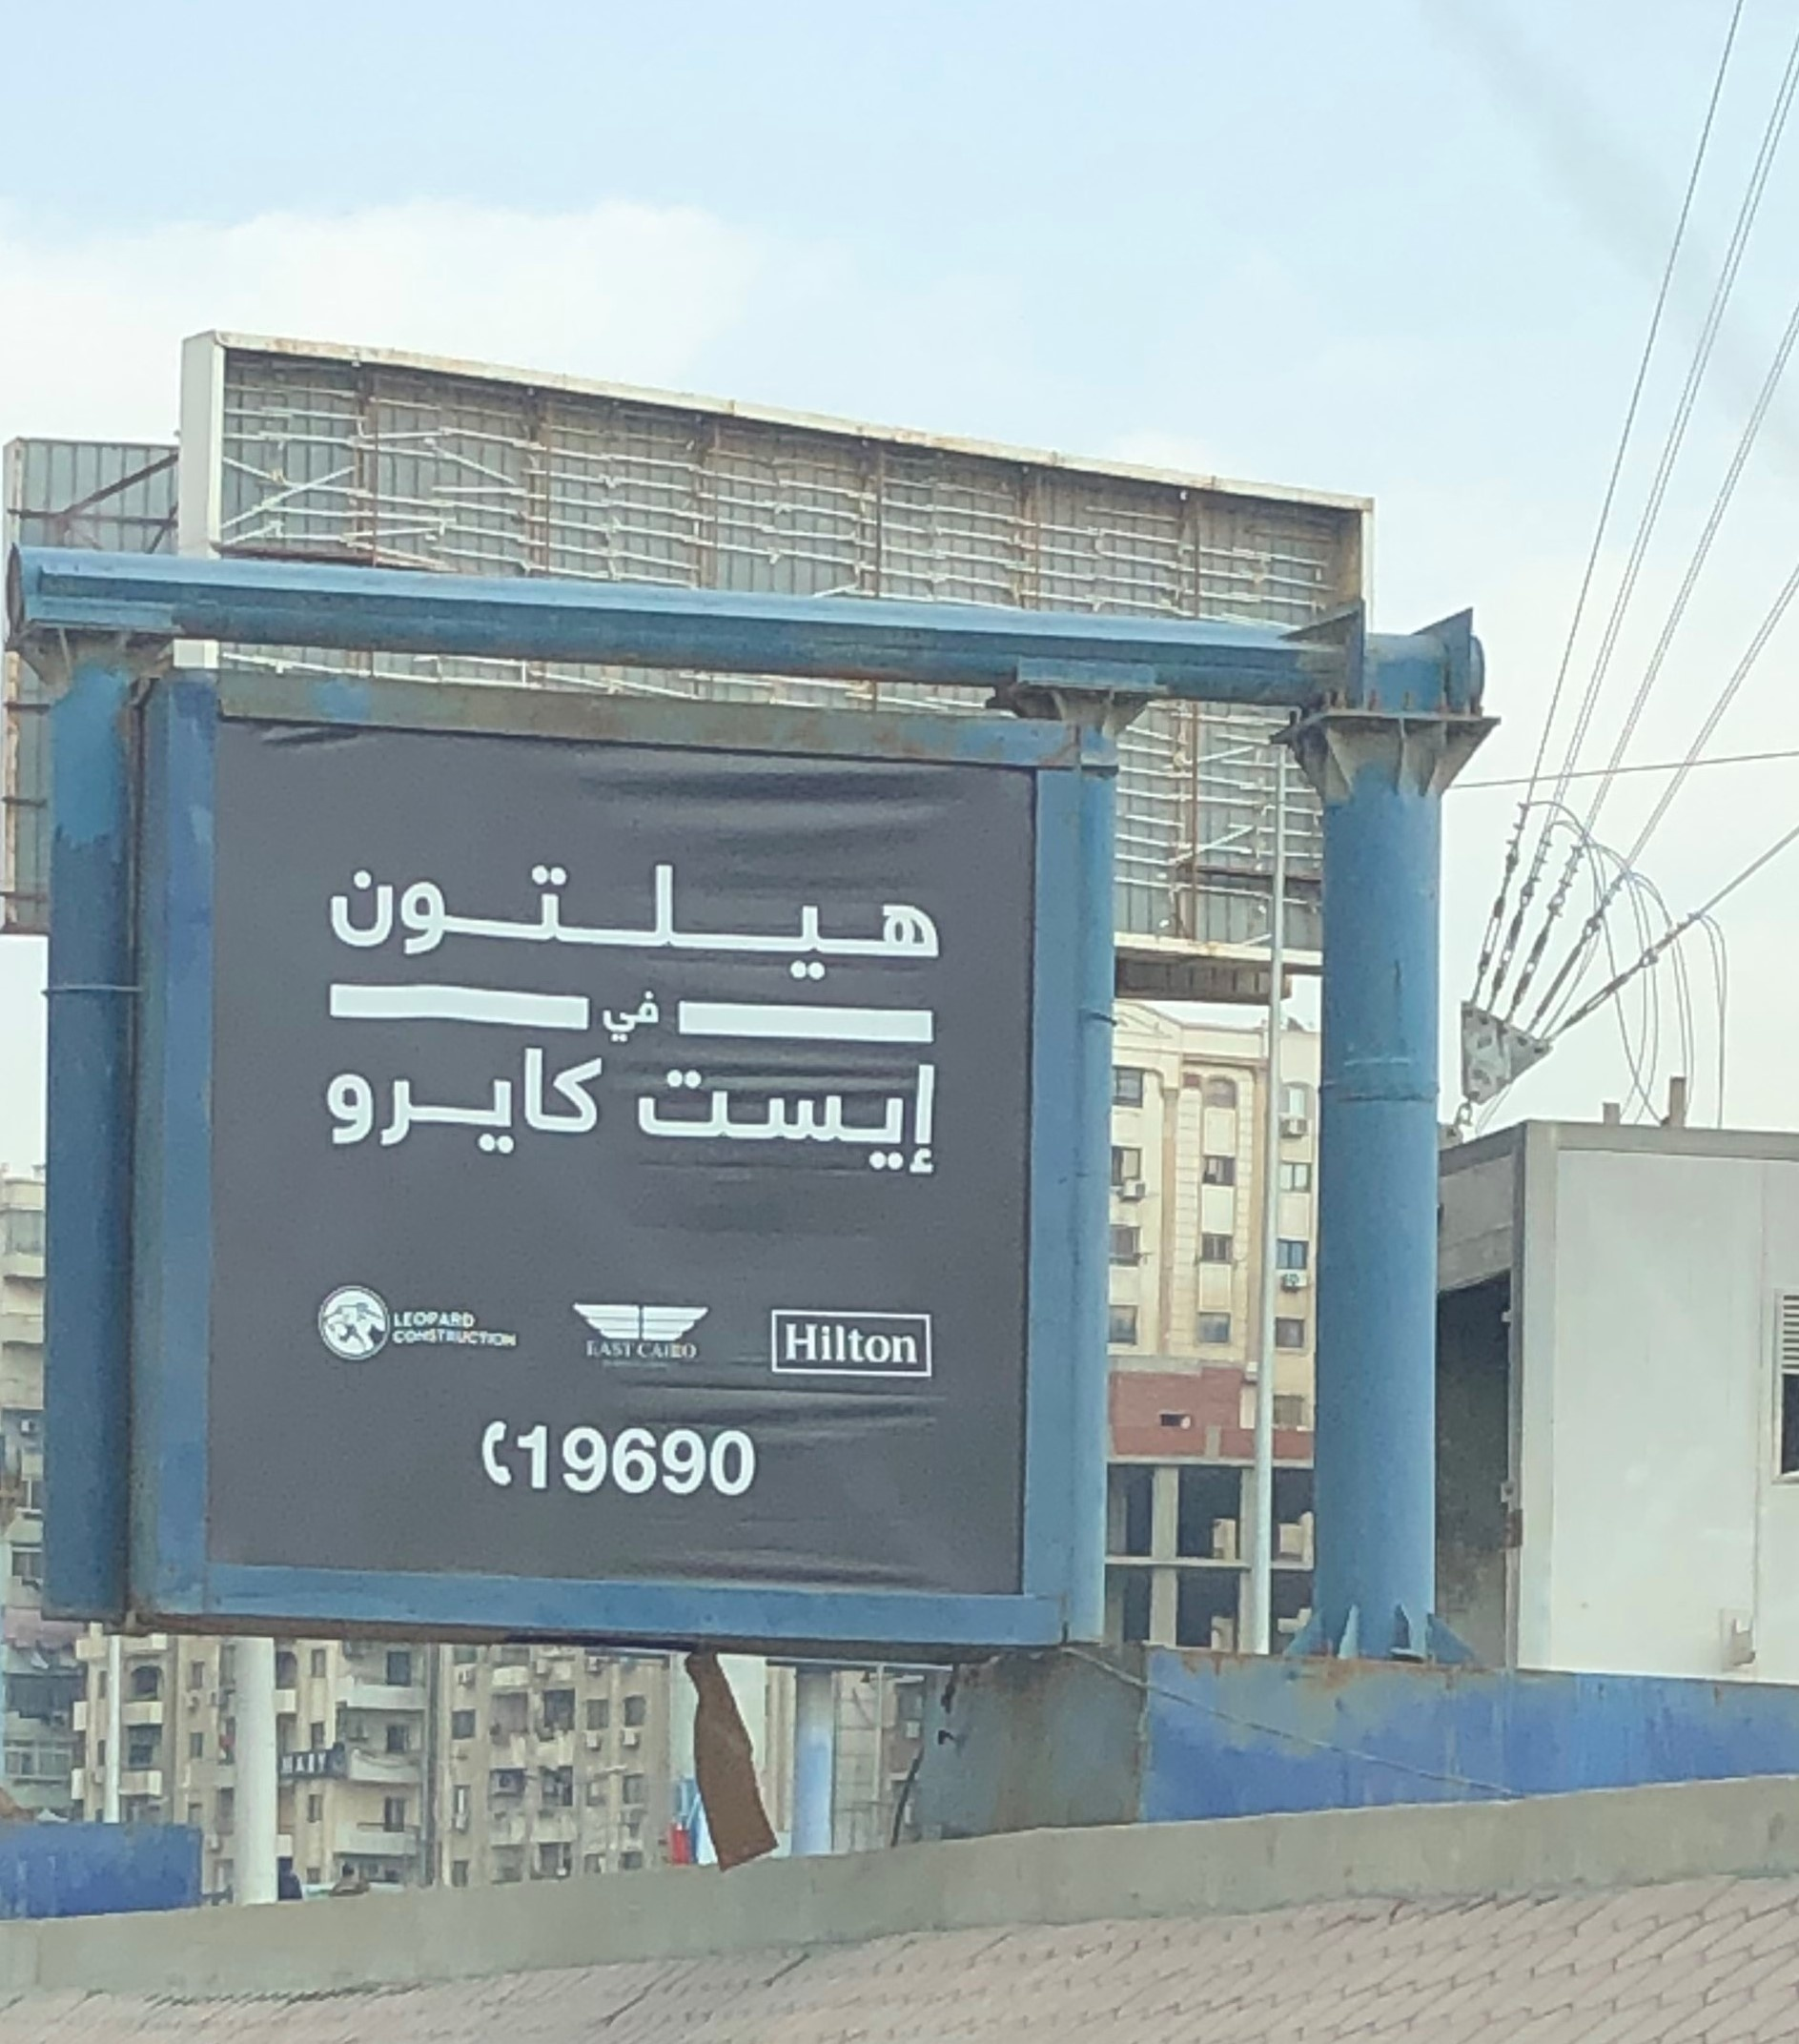
Text in image: هيلتون في كايرو إيست Hilton 19690